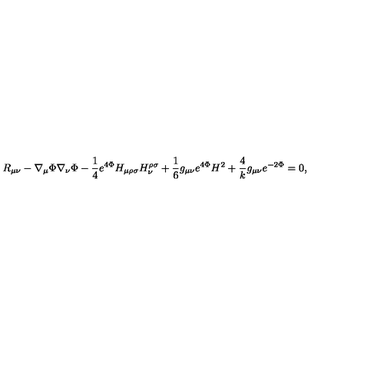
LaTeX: R _ { \mu \nu } - \nabla _ { \mu } \Phi \nabla _ { \nu } \Phi - { \frac { 1 } { 4 } } e ^ { 4 \Phi } H _ { \mu \rho \sigma } H _ { \nu } ^ { \rho \sigma } + { \frac { 1 } { 6 } } g _ { \mu \nu } e ^ { 4 \Phi } H ^ { 2 } + { \frac { 4 } { k } } g _ { \mu \nu } e ^ { - 2 \Phi } = 0 ,